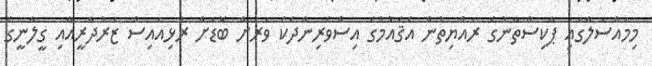
މިމައްސަލާގައި ޕާކިސްތާނުގެ ރައްޔިތުން އެޤައުމުގެ އިސްވެރިންދެކެ ވަރަށް ބޮޑަށް ރުޅިއައިސް ޒަރުދާރީއާއި ގީލާނީގެ